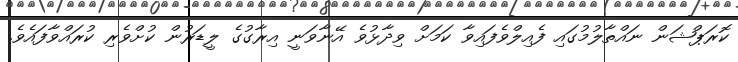
ކޮރަޕްޝަން ނައްތާލުމުގައި ފެއިލްވެފައިވާ ކަމަށް ވިދާޅުވެ އޭނާވަނީ އިރާގުގެ ލީޑަރުން ކުށްވެރި ކުރައްވާފައެވެ.